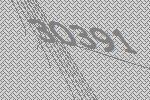
30391